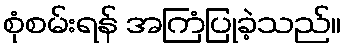
စုံစမ်းရန် အကြံပြုခဲ့သည်။